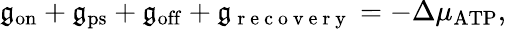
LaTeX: \mathfrak{g}_{\mathrm{{on}}}+\mathfrak{g}_{\mathrm{{ps}}}+\mathfrak{g}_{\mathrm{{off}}}+\mathfrak{g}_{\mathrm{{~r~e~c~o~v~e~r~y~}}}=-\Delta\mu_{\mathrm{{ATP}}},